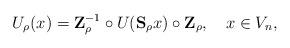
LaTeX: \begin{align*}U_\rho(x) = \mathbf{Z}_\rho^{-1} \circ U(\mathbf{S}_{\rho}x)\circ \mathbf{Z}_\rho,\quad x \in V_n,\end{align*}